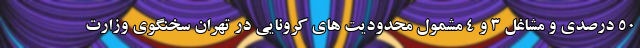
۵۰ درصدی و مشاغل ۳ و ۴ مشمول محدودیت های کرونایی در تهران سخنگوی وزارت